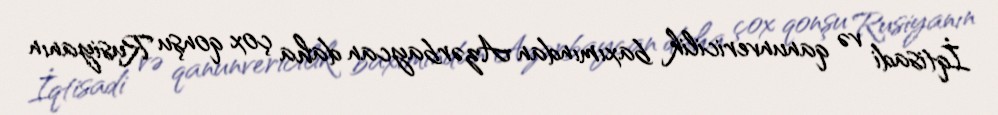
İqtisadi və qanunvericilik baxımından Azərbaycan daha çox qonşu Rusiyanın